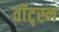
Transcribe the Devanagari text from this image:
वॉट्स्न